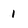
Character: 1